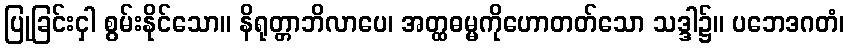
ပြုခြင်းငှါ စွမ်းနိုင်သော။ နိရုတ္တာဘိလာပေ၊ အတ္ထဓမ္မကိုဟောတတ်သော သဒ္ဒါ၌။ ပဘေဒဂတံ၊